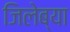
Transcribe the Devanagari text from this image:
जिलेब्या